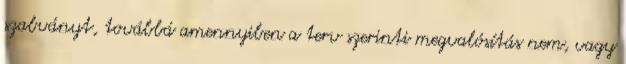
szabványt, továbbá amennyiben a terv szerinti megvalósítás nem, vagy